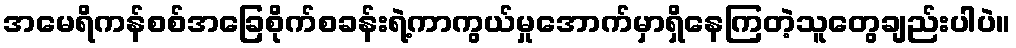
အမေရိကန်စစ်အခြေစိုက်စခန်းရဲ့ကာကွယ်မှုအောက်မှာရှိနေကြတဲ့သူတွေချည်းပါပဲ။